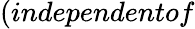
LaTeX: (independentof